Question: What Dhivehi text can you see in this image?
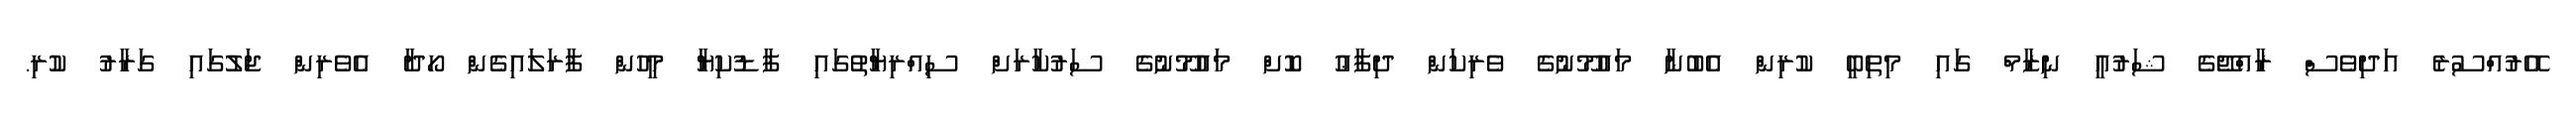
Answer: އޭރުއްސުރެ އަދިވެސް ރާއްޖޭގެ ޝަރުޢީ ނިޒާމް ގައި މިތިބީ ކުރިން އެބުނާ މައުމޫނުގެ ވެރިކަން ދިފާޢު ކޮށް މައުމޫނުގެ ސަރުކާރަށް ސިއްރިޔާތުގައި ފާޑުކިޔާ މީހުން ފާރަލައިގެން ހޯދާ އެވެރިން ޖަލުގައި ގަރާރު ކުރި.